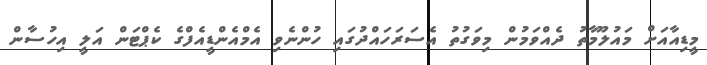
މީޑިއާއަށް މައުލޫމާތު ދެއްވަމުން މިވަގުތު އެސަރަހައްދުގައި ހުންނެވި އެމްއެންޑީއެފްގެ ކެޕްޓަން އަލީ އިހުސާން